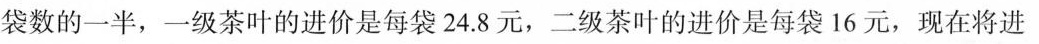
袋数的一半，一级茶叶的进价是每袋24.8元，二级茶叶的进价是每袋16元，现在将进